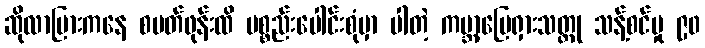
ဆိုလာပြားကနေ စမတ်ဖုန်းထိ ပစ္စည်းပေါင်းစုံမှာ ပါတဲ့ ကမ္ဘာ့မြေရှားသတ္တု သန့်စင်မှု ၉၀